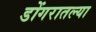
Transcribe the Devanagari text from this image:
डोंगरातल्या